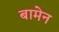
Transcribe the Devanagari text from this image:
बामेन